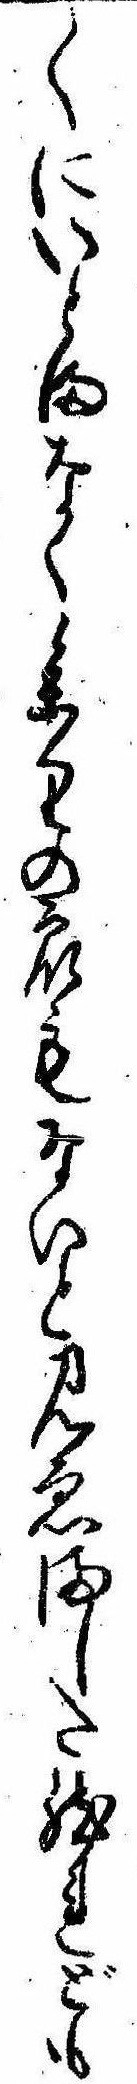
〱にいとまなく参りの衆もないと見ゑました然れども